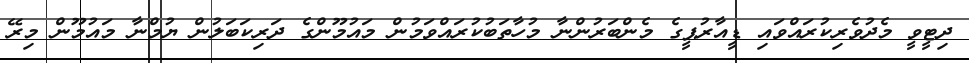
ދިޓީވީ މެދުވެރިކުރައްވައި ޑީއާރުޕީގެ މެންބަރުންނާ މުހާތަބުކުރައްވަމުން މައުމޫންގެ ދަރިކަބަލުން ޔުމްނާ މައުމޫން މިރޭ